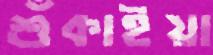
শুঁকাইয়া